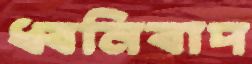
ধ্বনিবাদ